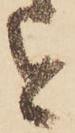
を